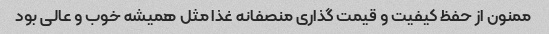
ممنون از حفظ کیفیت و قیمت گذاری منصفانه غذا مثل همیشه خوب و عالی بود